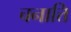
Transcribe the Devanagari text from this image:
चनात्ति